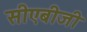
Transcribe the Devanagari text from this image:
सीएबीजी